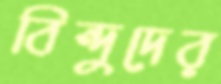
বিন্দুদের